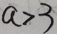
a > 3